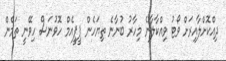
ދިއްކޮށްލާއިރަށް ވޯޓު ވިއްކާލާނެ މިހާރު ބުނާނެ ތިޔަހެން ޕީޕީއެމް ހޮވުނަސް ހިވޭނީ ތަމެން